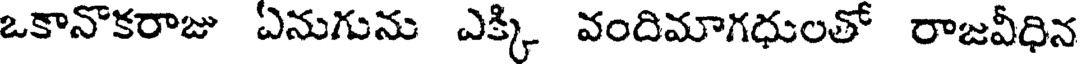
ఒకానొకరాజు ఏనుగును ఎక్కి వందిమాగధులతో రాజవీధిన